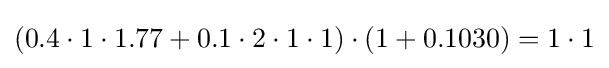
(0.4\cdot 1\cdot 1.77+0.1\cdot 2\cdot 1\cdot 1)\cdot (1+0.1030)=1\cdot 1